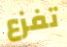
تفزع